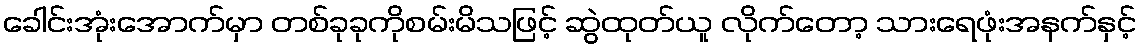
ခေါင်းအုံးအောက်မှာ တစ်ခုခုကိုစမ်းမိသဖြင့် ဆွဲထုတ်ယူ လိုက်တော့ သားရေဖုံးအနက်နှင့်